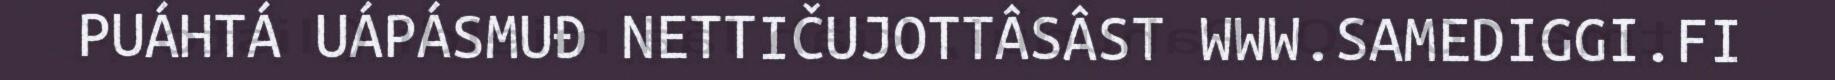
PUÁHTÁ UÁPÁSMUĐ NETTIČUJOTTÂSÂST WWW.SAMEDIGGI.FI